Vaccination in Bombay 1856-1862 - 1856-1862
Year: 1856
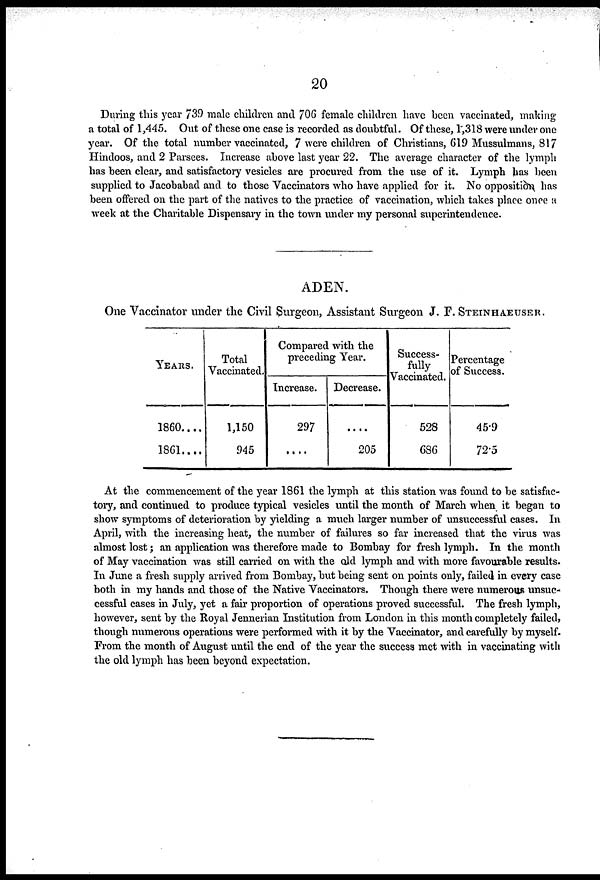
20
During this year 739 male children and 706 female children have been vaccinated, making
a total of 1,445. Out of these one case is recorded as doubtful. Of these, 1,318 were under one
year. Of the total number vaccinated, 7 were children of Christians, 619 Mussulmans, 817
Hindoos, and 2 Parsees. Increase above last year 22. The average character of the lymph
has been clear, and satisfactory vesicles are procured from the use of it. Lymph has been
supplied to Jacobabad and to those Vaccinators who have applied for it. No opposition, has
been offered on the part of the natives to the practice of vaccination, which takes place once a
week at the Charitable Dispensary in the town under my personal superintendence.
ADEN.
One Vaccinator under the Civil Surgeon, Assistant Surgeon J. F. STEINHAEUSER.
YEARS.
1860....
1861....
Total
Vaccinated.
1,150
945
Compared with the
preceding Year.
Increase.
297
....
Decrease.
....
205
Success-
fully
Vaccinated.
528
686
Percentage
of Success.
45.9
72.5
At the commencement of the year 1861 the lymph at this station was found to be satisfac-
tory, and continued to produce typical vesicles until the month of March when it began to
show symptoms of deterioration by yielding a much larger number of unsuccessful cases. In
April, with the increasing heat, the number of failures so far increased that the virus was
almost lost; an application was therefore made to Bombay for fresh lymph. In the month
of May vaccination was still carried on with the old lymph and with more favourable results.
In June a fresh supply arrived from Bombay, but being sent on points only, failed in every case
both in my hands and those of the Native Vaccinators. Though there were numerous unsuc-
cessful cases in July, yet a fair proportion of operations proved successful. The fresh lymph,
however, sent by the Royal Jennerian Institution from London in this month completely failed,
though numerous operations were performed with it by the Vaccinator, and carefully by myself.
From the month of August until the end of the year the success met with in vaccinating with
the old lymph has been beyond expectation.